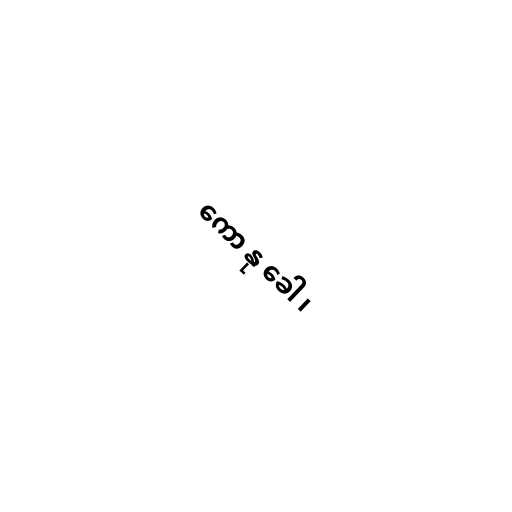
ကော နု ခေါ ၊